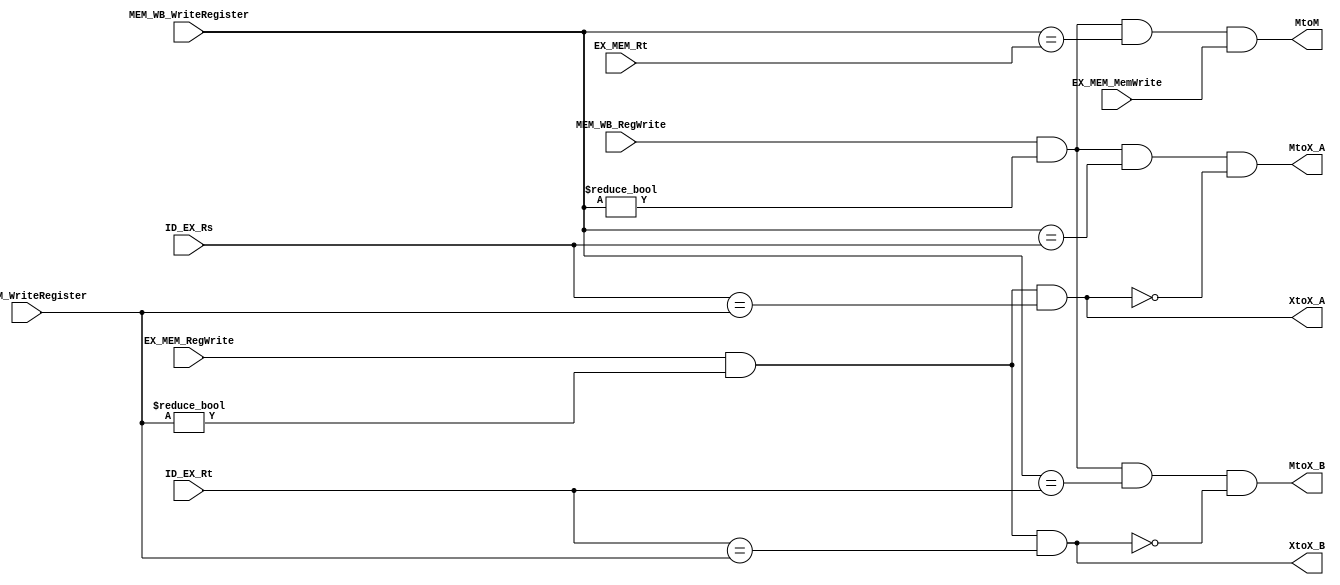
module Forwarding(EX_MEM_RegWrite, EX_MEM_WriteRegister, ID_EX_Rs, ID_EX_Rt, XtoX_A, XtoX_B, MEM_WB_RegWrite, MEM_WB_WriteRegister, MtoX_A, MtoX_B, EX_MEM_MemWrite, EX_MEM_Rt, MtoM);
	input EX_MEM_RegWrite;
	input [3:0] EX_MEM_WriteRegister;
	input [3:0] ID_EX_Rs;
	input [3:0] ID_EX_Rt;
	output XtoX_A;
	output XtoX_B;
	
	input MEM_WB_RegWrite;
	input [3:0] MEM_WB_WriteRegister;
	output MtoX_A;
	output MtoX_B;
	
	input EX_MEM_MemWrite;
	input [3:0] EX_MEM_Rt;
	output MtoM;
	
	// EX to EX
	wire temp1;
	wire temp2;
	assign temp1 = (EX_MEM_RegWrite == 1'b1) & (EX_MEM_WriteRegister != 4'h0) & (ID_EX_Rs == EX_MEM_WriteRegister);
	assign temp2 = (EX_MEM_RegWrite == 1'b1) & (EX_MEM_WriteRegister != 4'h0) & (ID_EX_Rt == EX_MEM_WriteRegister);
	assign XtoX_A = temp1;
	assign XtoX_B = temp2;
	
	// MEM to EX
	assign MtoX_A = (MEM_WB_RegWrite == 1'b1) & (MEM_WB_WriteRegister != 4'h0) & (MEM_WB_WriteRegister == ID_EX_Rs) & ~temp1;	// if else logic
	assign MtoX_B = (MEM_WB_RegWrite == 1'b1) & (MEM_WB_WriteRegister != 4'h0) & (MEM_WB_WriteRegister == ID_EX_Rt) & ~temp2;	// if else logic

	// MEM to MEM
	assign MtoM = (MEM_WB_RegWrite == 1'b1) & (MEM_WB_WriteRegister != 4'h0) & (MEM_WB_WriteRegister == EX_MEM_Rt) & (EX_MEM_MemWrite == 1'b1);
	
endmodule